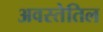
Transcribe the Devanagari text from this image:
अवस्तेतिल